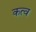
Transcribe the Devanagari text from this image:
कत्व